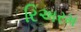
રિઅરમ